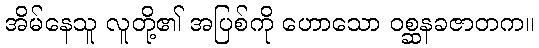
အိမ်နေသူ လူတို့၏ အပြစ်ကို ဟောသော ဝစ္ဆနခဇာတက။